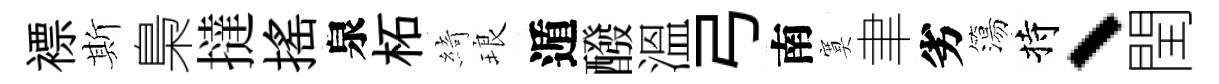
褾斯梟撻摇泉柘綺琅遁醱溫弓南寞聿劣簜持、閏